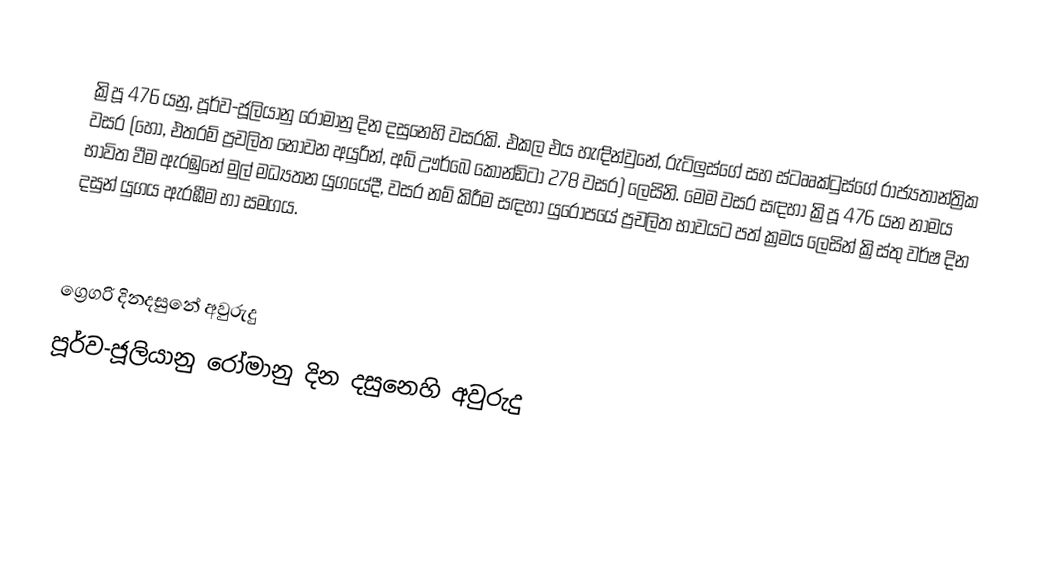

ක්‍රිපූ 476 යනු, පූර්ව-ජූලියානු රෝමානු දින දසුනෙහි වසරකි. එකල එය හැඳින්වුනේ, රුටිලුස්ගේ සහ ස්ටෲක්ටුස්ගේ රාජ්‍යතාන්ත්‍රික වසර (හෝ, එතරම් ප්‍රචලිත නොවන අයුරින්, අබ් ඌර්බෙ කෝන්ඩිටා 278 වසර) ලෙසිනි. මෙම වසර සඳහා ක්‍රිපූ 476 යන නාමය භාවිත වීම ඇරඹුනේ මුල්  මධ්‍යතන යුගයේදී, වසර නම් කිරීම සඳහා යුරෝපයේ ප්‍රචලිත භාවයට පත් ක්‍රමය ලෙසින් ක්‍රිස්තු වර්ෂ දින දසුන් යුගය ඇරඹීම හා සමගය.

ග්‍රෙගරි දිනදසුනේ අවුරුදු
පූර්ව-ජූලියානු රෝමානු දින දසුනෙහි අවුරුදු